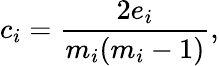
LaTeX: c_{i}=\frac{2e_{i}}{m_{i}(m_{i}-1)},